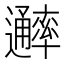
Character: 𨙖